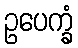
ဥပေက္ခံ